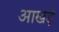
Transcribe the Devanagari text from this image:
आखड़े